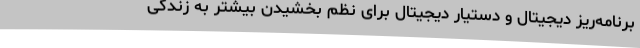
برنامه‌ریز دیجیتال و دستیار دیجیتال برای نظم بخشیدن بیشتر به زندگی